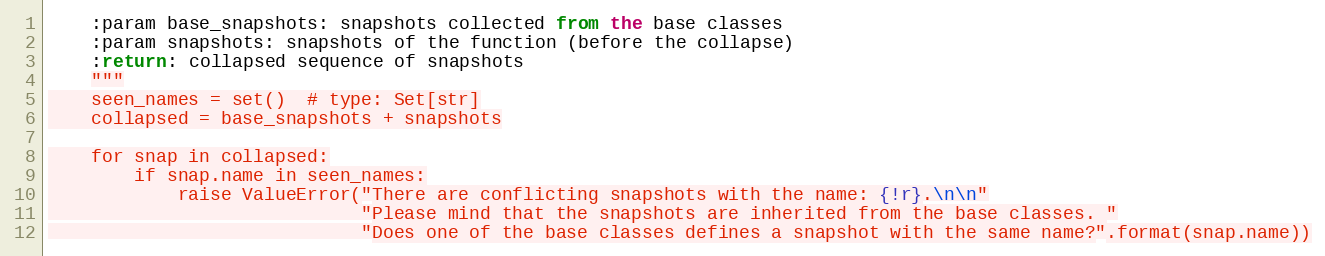
Language: Python
    :param base_snapshots: snapshots collected from the base classes
    :param snapshots: snapshots of the function (before the collapse)
    :return: collapsed sequence of snapshots
    """
    seen_names = set()  # type: Set[str]
    collapsed = base_snapshots + snapshots

    for snap in collapsed:
        if snap.name in seen_names:
            raise ValueError("There are conflicting snapshots with the name: {!r}.\n\n"
                             "Please mind that the snapshots are inherited from the base classes. "
                             "Does one of the base classes defines a snapshot with the same name?".format(snap.name))